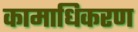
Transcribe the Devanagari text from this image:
कामाधिकरण